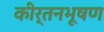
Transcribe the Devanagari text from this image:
कीर्तनभूषण